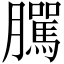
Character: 𦢷